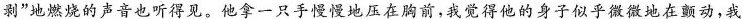
剥”地燃烧的声音也听得见。他拿一只手慢慢地压在胸前，我觉得他的身子似乎微微地在颤动，我